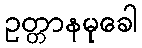
ဥတ္တာနမုခေါ